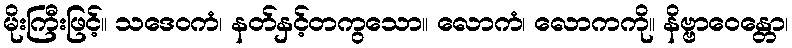
မိုးကြီးဖြင့်။ သဒေဝကံ၊ နတ်နှင့်တကွသော။ လောကံ၊ လောကကို။ နိဗ္ဗာဝေန္တော၊